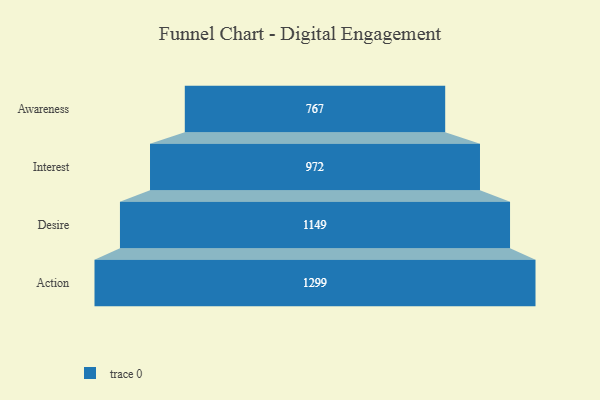
{"axis": {"x": "Stage", "y": "Value"}, "legend": [""], "data": [{"x": "Awareness", "y": 767.0, "type": ""}, {"x": "Interest", "y": 972.0, "type": ""}, {"x": "Desire", "y": 1149.0, "type": ""}, {"x": "Action", "y": 1299.0, "type": ""}]}